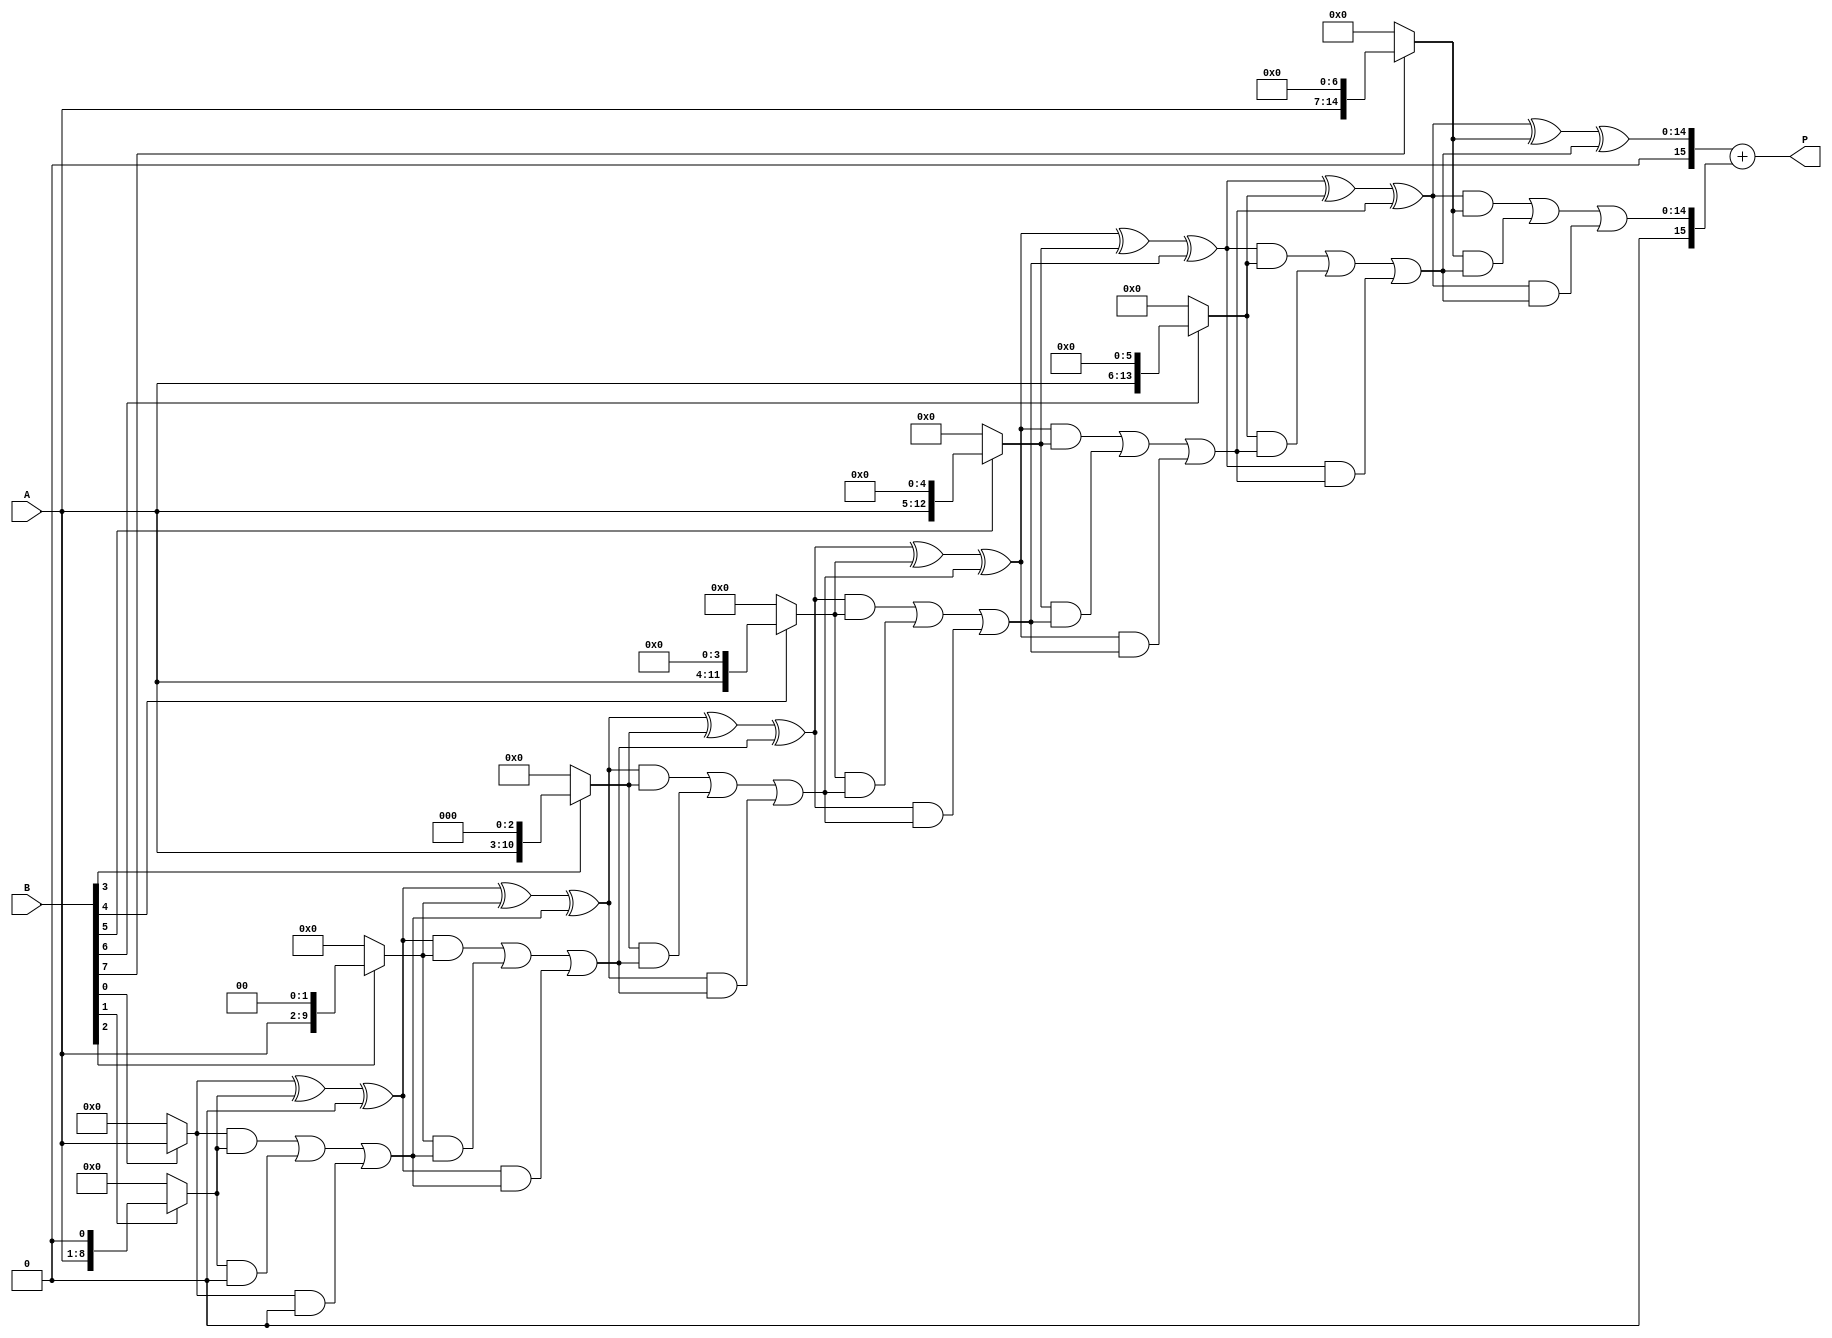
module variable_length_wallace_tree_multiplier #(
    parameter WIDTH_A = 8, // Width of input A
    parameter WIDTH_B = 8  // Width of input B
)(
    input  [WIDTH_A-1:0] A, // Multiplicand
    input  [WIDTH_B-1:0] B, // Multiplier
    output reg [WIDTH_A + WIDTH_B - 1:0] P // Product
);

// Temporary wires for partial products
wire [WIDTH_A + WIDTH_B - 1:0] partial_products [0:WIDTH_B-1];

// Generate partial products
genvar i;
generate
    for (i = 0; i < WIDTH_B; i = i + 1) begin : pp_gen
        assign partial_products[i] = (B[i] ? (A << i) : 0);
    end
endgenerate

// Wallace Tree Logic
wire [WIDTH_A + WIDTH_B - 1:0] sum [0:WIDTH_B-1];
wire [WIDTH_A + WIDTH_B - 1:0] carry [0:WIDTH_B-1];

// Initialize the first stage with partial products
assign sum[0] = partial_products[0];
assign carry[0] = 0;

generate
    for (i = 1; i < WIDTH_B; i = i + 1) begin : wallace_tree
        wire [WIDTH_A + WIDTH_B - 1:0] a, b, c;
        
        // Collect three inputs for CSA
        assign a = sum[i-1];
        assign b = partial_products[i];
        assign c = (i < WIDTH_B) ? carry[i-1] : 0;

        // Carry Save Adder (CSA)
        assign sum[i] = a ^ b ^ c; // Sum output
        assign carry[i] = (a & b) | (b & c) | (a & c); // Carry output
    end
endgenerate

// Final addition of the last two sums and carries
wire [WIDTH_A + WIDTH_B - 1:0] final_sum;
wire [WIDTH_A + WIDTH_B - 1:0] final_carry;

assign final_sum = sum[WIDTH_B-1];
assign final_carry = carry[WIDTH_B-1];

// Final addition using a simple ripple-carry adder
always @(*) begin
    // Adding final_sum and final_carry
    P = final_sum + final_carry;
end

endmodule